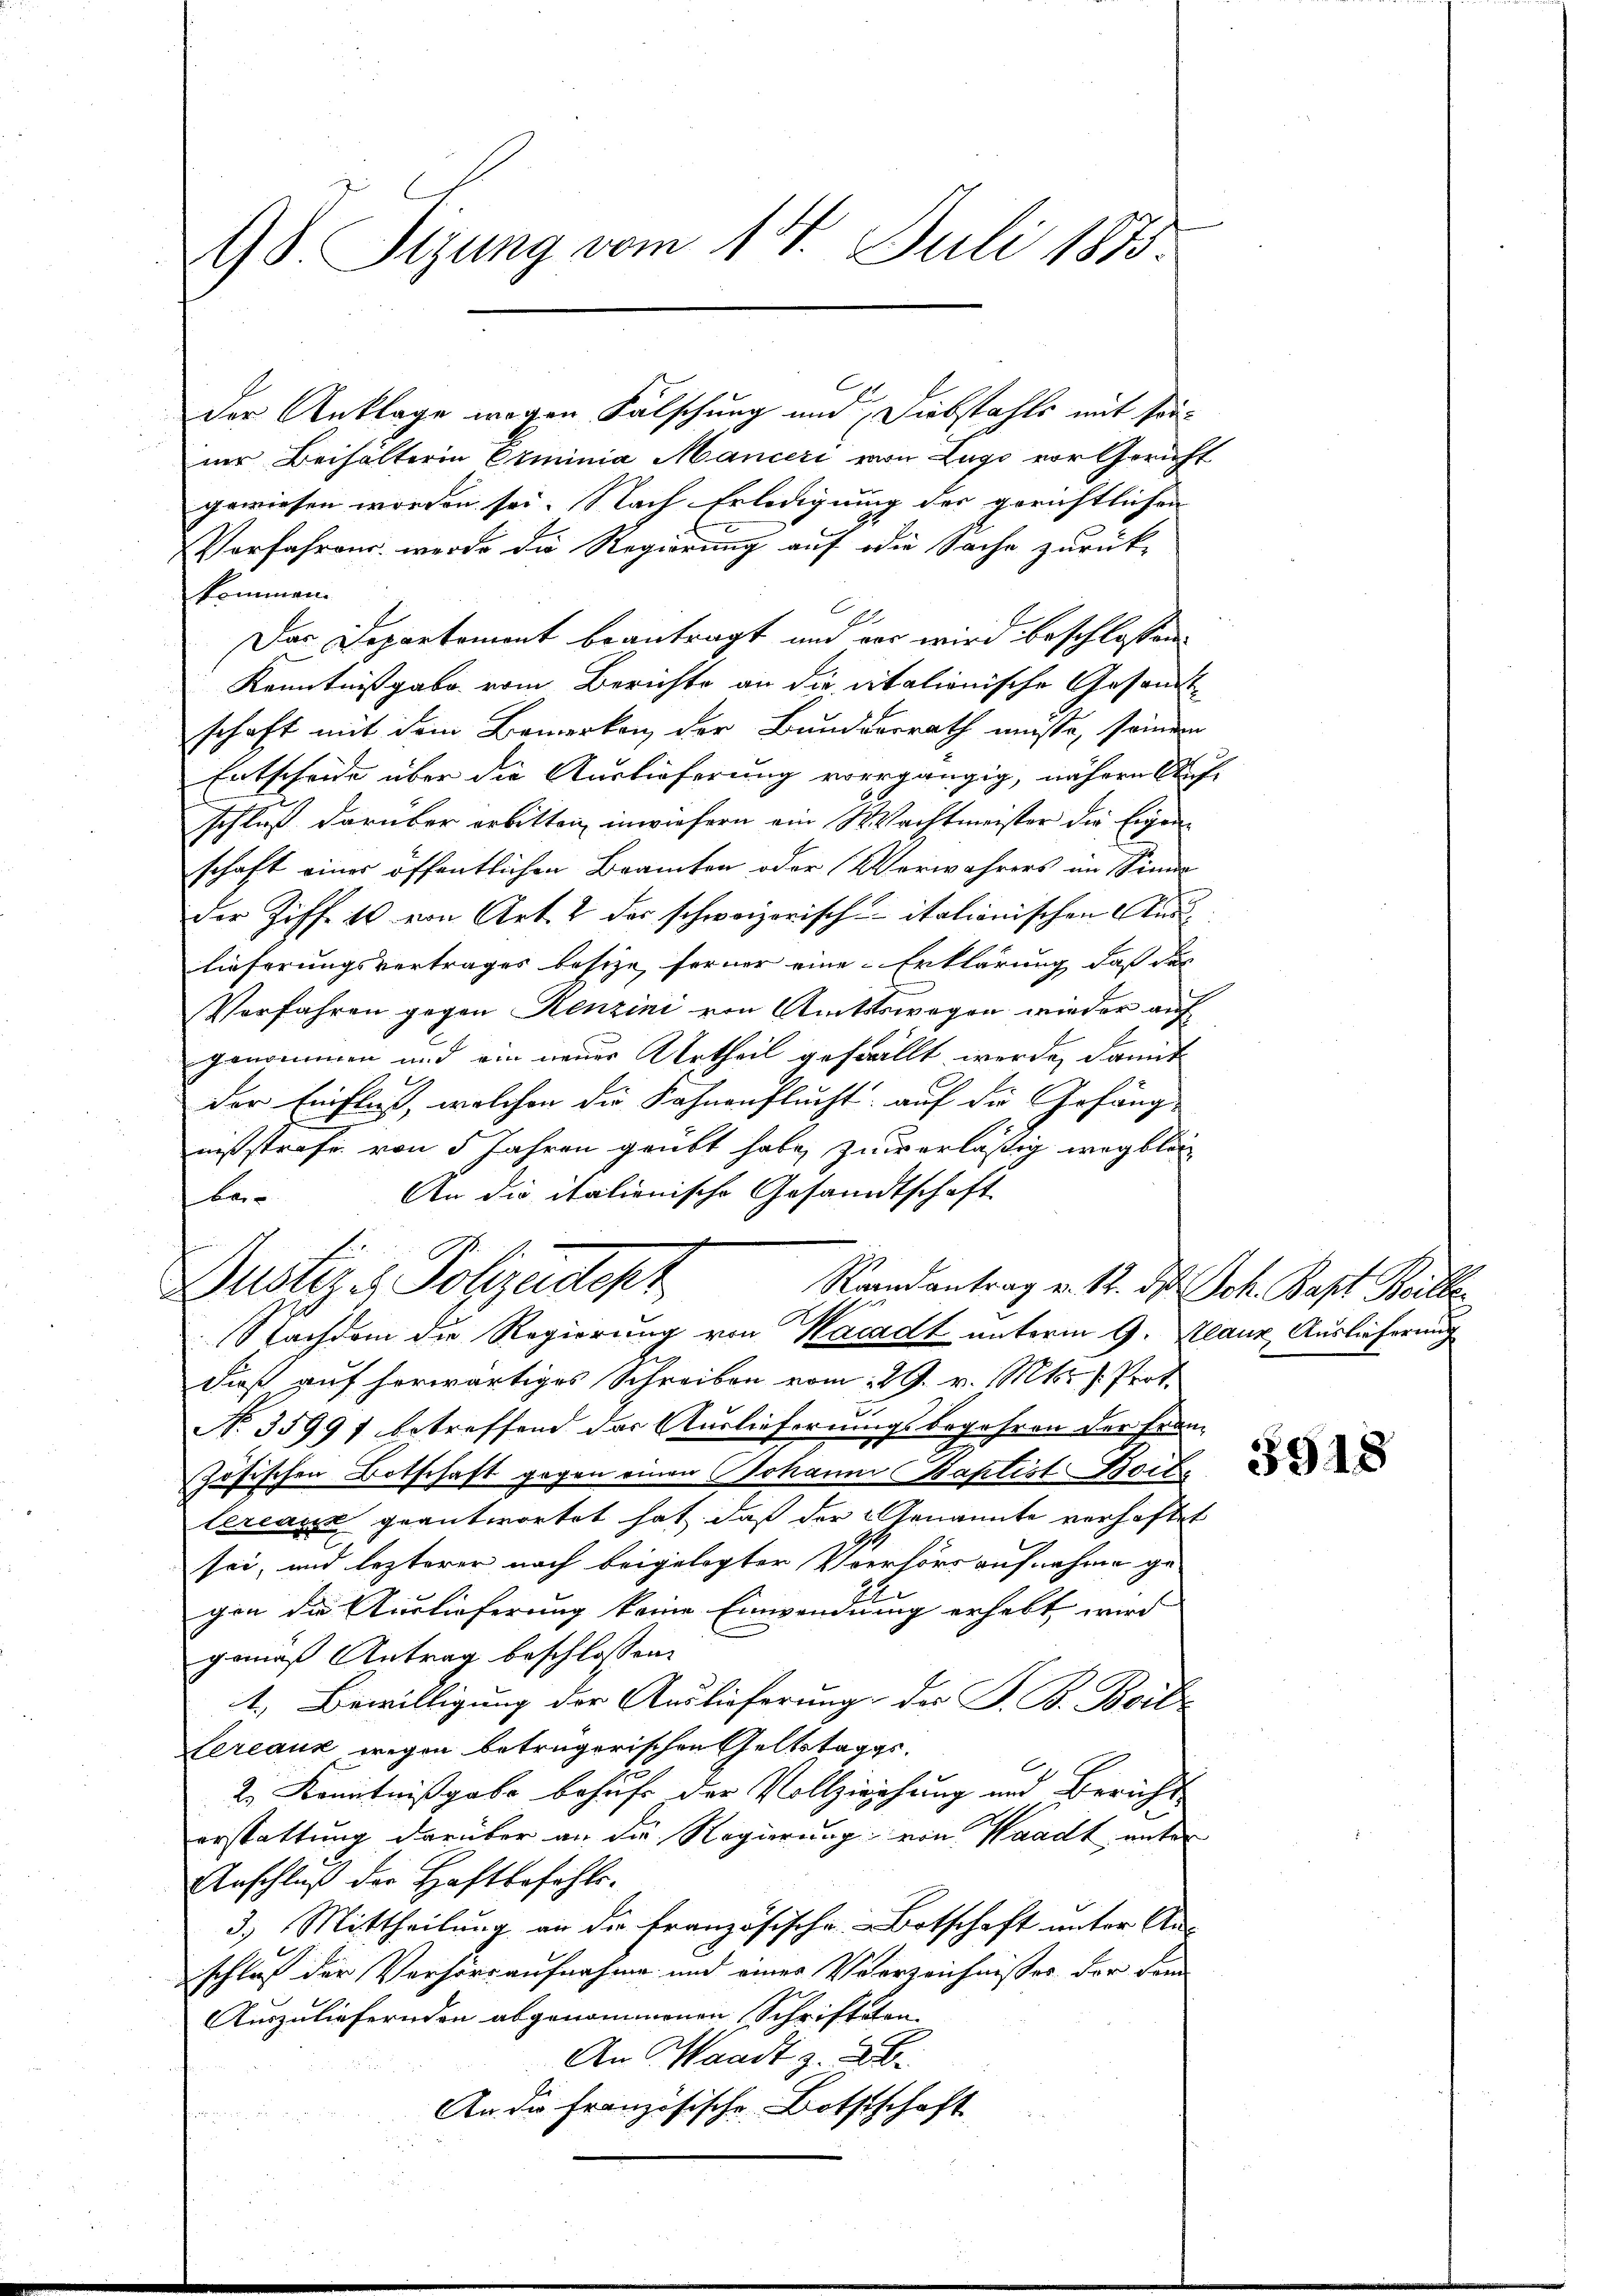
98. Sizung vom 14. Juli 1873.

ner Beihälterin Erminia Manceri von Lugo vor Gericht
gewiesen worden sei. Nach Erledigung der gerichtlichen
Vorfahren werde die Regierung auf die Sache zurückkommen.
Das Departement beantragt und vor wird beschlossen
Kenntnißgabe vom Berichte an die italionische Gesandtschaft mit dem Bemerken der Bunderrath müsse, seiden
Entscheide über die Auslieferung vorgängig, nähern Aufschluß darüber erbitten, inwiefern ein Wachtmeister die Eigen
schaft eines öffentlichen Beamten oder Verwahrers im Sinne
der Ziffe 10 von Art. 2 des schweizerisch italionischen Auslieferungsvertrages besize, ferner eine Erklärung, daß das
Vorfahren gegen Renzini von Amtsswegen wieder auf
genommen und ein neuer Urtheil gefällt werde, damit
der Einfluß, welchen die Sahnenflucht: auf die Gefäng-
nißstrafe von 5 Jahren geübt habe, zu erläßig wegblei
An die italienische Gesandtschaft
be
Dustiz & Polizadepr
Raandantrag u. 12. ds. Joh. Bapt Beille
Nachdem die Regierung von Nacadt unterm 9. Klanz, Auslieferung
dieß auf horwärtiges Schreiben vom 29. v. Mts. /: Prot.
.
No. 35997 betreffend das Auslieferungsbegehren der Franz
zösischen Botschaft gegen einen Johanni Baptist Boit.
lereaux geantwortet hat, daß der Genannte verhaftet
sei, und lezterer nach beigelegter Verhörs aufnahme ge-
gen die Auslieferung keine Einwandnung erhebt wird
gemäß Antrag beschlossen:
1.) Bewilligung der Auslieferung des P. B. Borl
tercauk wegen betrügerischen Geltstaggs¬
2.) Kenntnißgabe behufs der Vollziehung und Bericht
erstattung darüber an die Regierung von Waadt unter
Anschluß der Haftbefehls-
3.) Mittheilung an die französische Botschaft unter Anschluß der Verhörsaufnahme und einer Verzeichnisses der dem
Auszuliefernden abgenommenen Schrifteten
An Waadt z. B.
An die Französische Bothtschaft

l

der Anklage wegen Falschung und Diebstahls mit son¬

3918